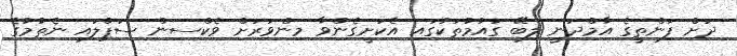
ދަށް ފަންތީގެ އާމްދަނީ ލިބޭ ގައުމުތަކުގައި އެކަށީގެންވާ މިންވަރަށް ވެކްސިން ސަޕްލައި ނެތުމުގެ